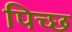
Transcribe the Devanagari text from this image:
पिच्छ